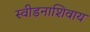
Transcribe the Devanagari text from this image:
स्वीडनाशिवाय